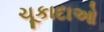
ચૂકાદાઓ